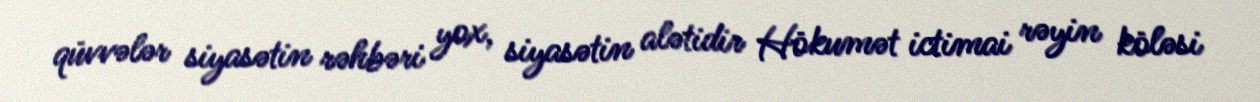
qüvvələr siyasətin rəhbəri yox, siyasətin alətidir Hökumət ictimai rəyin köləsi